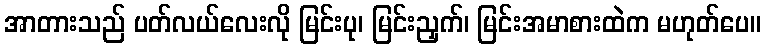
အာတားသည် ပတ်လယ်လေးလို မြင်းပု၊ မြင်းညှက်၊ မြင်းအမာစားထဲက မဟုတ်ပေ။